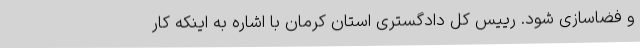
و فضاسازی شود. رییس کل دادگستری استان کرمان با اشاره به اینکه کار